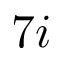
7 i